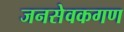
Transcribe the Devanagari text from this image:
जनसेवकगण